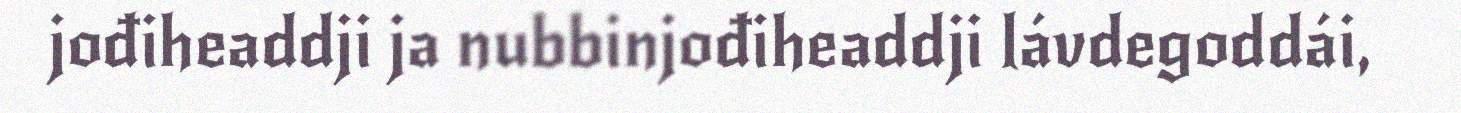
jođiheaddji ja nubbinjođiheaddji lávdegoddái,